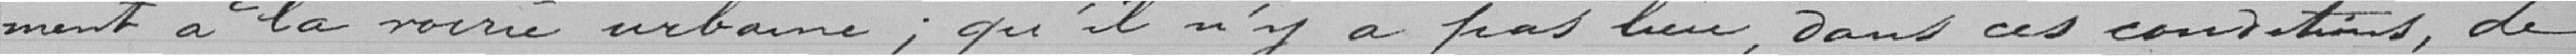
ment à la voirie urbaine ; qu'il n'y a pas leur, Dans ces conditions, de